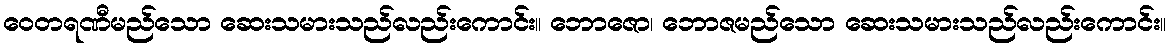
ဝေတရဏီမည်သော ဆေးသမားသည်လည်းကောင်း။ ဘောဇော၊ ဘောဇမည်သော ဆေးသမားသည်လည်းကောင်း။